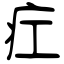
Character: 疘